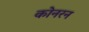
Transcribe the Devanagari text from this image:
कोनरन